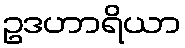
ဥဒဟာရိယာ